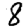
Digit: 8